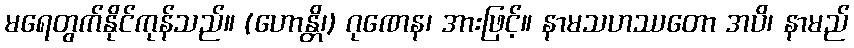
မရေတွက်နိုင်ကုန်သည်။ (ဟောန္တိ၊) ဂုဏေန၊ အားဖြင့်။ နာမသဟဿတော အပိ၊ နာမည်